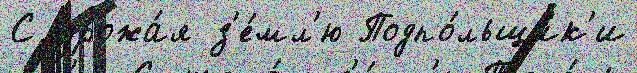
С урожа́я з'е́мл'ю Подпо́льщик'и